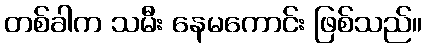
တစ်ခါက သမီး နေမကောင်း ဖြစ်သည်။